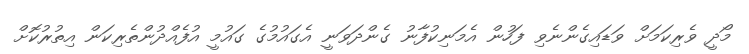
މޯދީ ވެރިކަމަށް ވަޑައިގެންނެވި ފަހުން އެމަނިކުފާނު ގެންދަވަނީ އެގައުމުގެ ގައުމީ އުފެއްދުންތެރިކަން އިތުރުކޮށް